Calcutta medical institutions reports 1871-78
Year: 1871
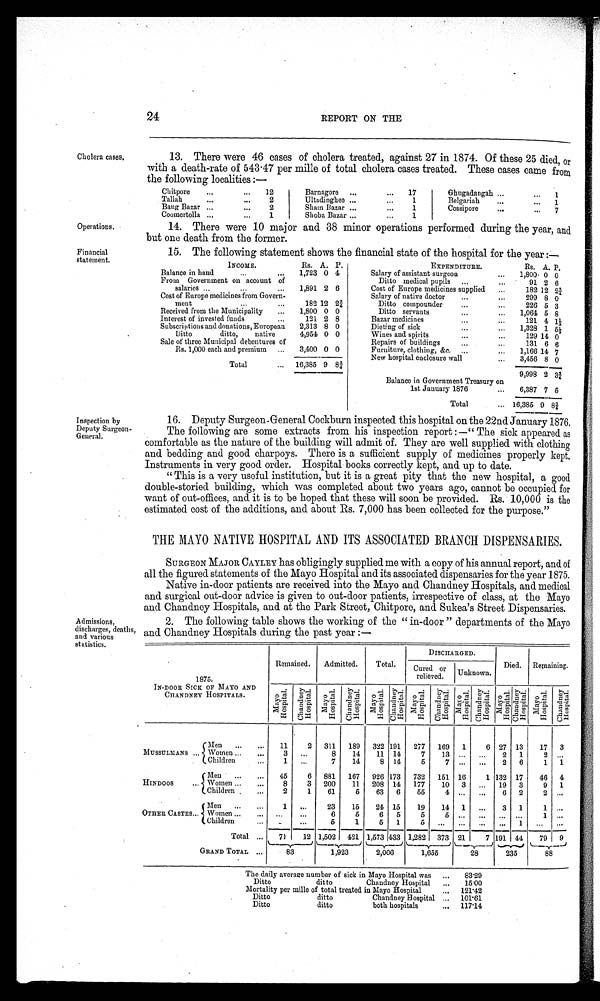
INCOME.
Rs. A. P.
B a l a n c e i n h a n d
1,723 0 4
From Government on account of salaries 1,891 2 6
Cost of Europe medicines from Govern-
ment
182 12 2¾
Received from the Municipality
1,800 0 0
Interest of invested funds
1 2 1 2 8
Subscriptions and donations, European 2,313 8 0
Ditto ditto, native
4,954 0 0
Sale of three Municipal debentures of
Rs. 1,000 each and premium
3,400 0 0
Total
16,385 9 8¾
EXPENDITURE.
Rs. A. P.
Salary of assistant surgeon
1,800 0 0
Ditto medical pupils
91 2 6
Cost of Europe medicines supplied
182 12 2¾
Salary of native doctor
299 8 0
Ditto compounder
226 5 3
Ditto servants
1,064 5 8
Bazar medicines
121 4 1½
Dieting of sick 1,328 1 5½
Wines and spirits
129 14 0
Repairs of buildings
131 6 6
Furniture, clothing, &c. 1,166 14 7
New hospital enclosure wall
3,456 8 0
9,998 2 3¾
Balance in Government Treasury on
1st January 1876
6,387 7 5
Total
16,385 9 8¾
Financial
statement.
15. The following statement shows the financial state of the hospital for the year :—
24
REPORT ON THE
Cholera cases.
13. There were 46 cases of cholera treated, against 27 in 1874. Of these 25 died, or
with a death-rate of 543.47 per mille of total cholera cases treated. These cases came from
the following localities :—
Chitpore
12
Tallah
2
Bang Bazar
2
Coomertolla
1
Barnagore
17
Ultadinghee
1
Sham Bazar
1
Shoba Bazar
1
Ghugadangah
1
Belgariah
1
Cossipore
7
Operations.
14. There were 10 major and 38 minor operations performed during the year, and
but one death from the former.
Inspection by
Deputy Surgeon-
General.
Admissions,
discharges, deaths,
and various
statistics.
16. Deputy Surgeon-General Cockburn inspected this hospital on the 22nd January 1876.
The following are some extracts from his inspection report :—" The sick appeared as
comfortable as the nature of the building will admit of. They are well supplied with clothing
and bedding and good charpoys. There is a sufficient supply of medicines properly kept.
Instruments in very good order. Hospital books correctly kept, and up to date.
" This is a very useful institution, but it is a great pity that the new hospital, a good
double-storied building, which was completed about two years ago, cannot be occupied for
want of out-offices, and it is to be hoped that these will soon be provided. Rs. 10,000 is the
estimated cost of the additions, and about Rs. 7,000 has been collected for the purpose."
THE MAYO NATIVE HOSPITAL AND ITS ASSOCIATED BRANCH DISPENSARIES.
SURGEON MAJOR CAYLEY has obligingly supplied me with a copy of his annual report, and of
all the figured statements of the Mayo Hospital and its associated dispensaries for the year 1875.
Native in-door patients are received into the Mayo and Chandney Hospitals, and medical
and surgical out-door advice is given to out-door patients, irrespective of class, at the Mayo
and Chandney Hospitals, and at the Park Street, Chitpore, and Sukea's Street Dispensaries.
2. The following table shows the working of the " in-door " departments of the Mayo
and Chandney Hospitals during the past year :—
1875.
Remained. Admitted.
Total.
DISCHARGED.
Cured or
relieved. Unknown.
Died. Remaining.
IN-DOOR SICK OF MAYO AND
CHANDNEY HOSPITALS.
M a y o H o s p i t a l .
C h a n d n e y H o s p i t a l .
M a y o H o s p i t a l .
C h a n d n e y H o s p i t a l .
M a y o H o s p i t a l . C h a n d n e y H o s p i t a l .
M a y o H o s p i t a l .
C h a n d n e y H o s p i t a l .
M a y o H o s p i t a l .
C h a n d n e y H o s p i t a l . M a y o H o s p i t a l . C h a n d n e y H o s p i t a l . M a y o H o s p i t a l . C h a n d n e y H o s p i t a l .
Men
11
2 311 189 322 191 277 169 1
6 27 13 17 3
MUSSULMANS
W o m e n 3
8 14 11 14
7 13
2 1
2
Children
1
7 14
8 14
5
7
2 6
1
1
Men
45
6 881 167 926 173 732 151 16
1 132 17 46 4
HINDOOS
W o m e n 8
3 200 11 208 14 177 10 3
19 3
9 1
Children
2
1 61
6 63 6 55
4
6 2
2
Men
1
23 15 24 15 19 14 1
3 1
1
OTHER CASTES Women
6
5
6 5
5
5
1
Children
5 1
5 1
1
Total
71 12 1,502 421 1,573 433 1,282 373 21
7 191 44 79 9
GRAND TOTAL
83
1,923
2,006
1,655
28
235
88
The daily average number of sick in Mayo Hospital was
83.29
Ditto ditto Chandney Hospital
15.00
Mortality per mille of total treated in Mayo Hospital 121.42
Ditto ditto Chandney Hospital
101.61
Ditto ditto both hospitals
117.14